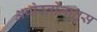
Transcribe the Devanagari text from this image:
अपोस्तोलातुस